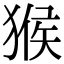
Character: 猴